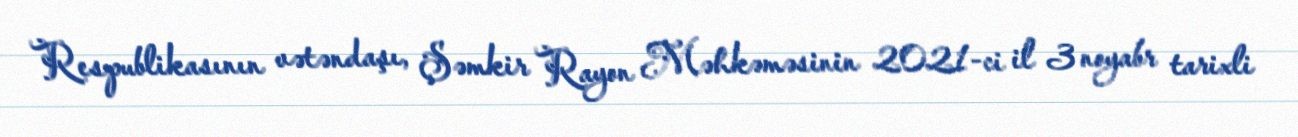
Respublikasının vətəndaşı, Şəmkir Rayon Məhkəməsinin 2021-ci il 3 noyabr tarixli